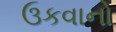
ઉકવાનો